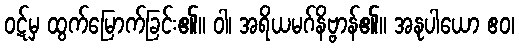
ဝဋ်မှ ထွက်မြောက်ခြင်း၏။ ဝါ၊ အရိယမဂ်နိဗ္ဗာန်၏။ အနုပါယော ဧဝ၊